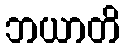
ဘယာတိ